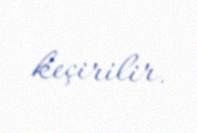
keçirilir.